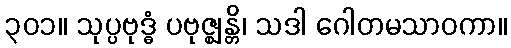
၃၀၁။ သုပ္ပဗုဒ္ဓံ ပဗုဇ္ဈန္တိ၊ သဒါ ဂေါတမသာဝကာ။